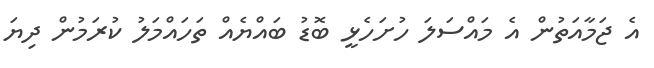
އެ ޖަމާއަތުން އެ މައްސަލަ ހުށަހެޅީ ބޮޑު ބައްޔެއް ތަހައްމަލު ކުރަމުން ދިޔަ